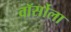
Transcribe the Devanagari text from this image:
वॉर्सोला